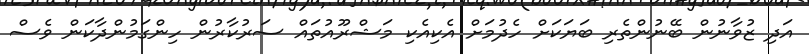
އަދި ޒުވާނުން ބޭނުންތެރި ބަޔަކަށް ހެދުމަށް އެކިއެކި މަޝްރޫއުތައް ސަރުކާރުން ހިންގަމުންދާކަން ވެސް